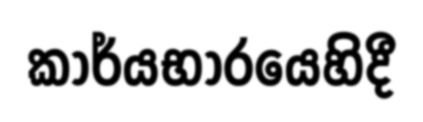
කාර්යභාරයෙහිදී